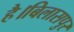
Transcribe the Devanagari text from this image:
है।बिलासपुर